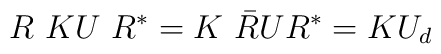
R\,\, KU \,\, R^* = K\,\, \bar{R} U R^* = K U_d